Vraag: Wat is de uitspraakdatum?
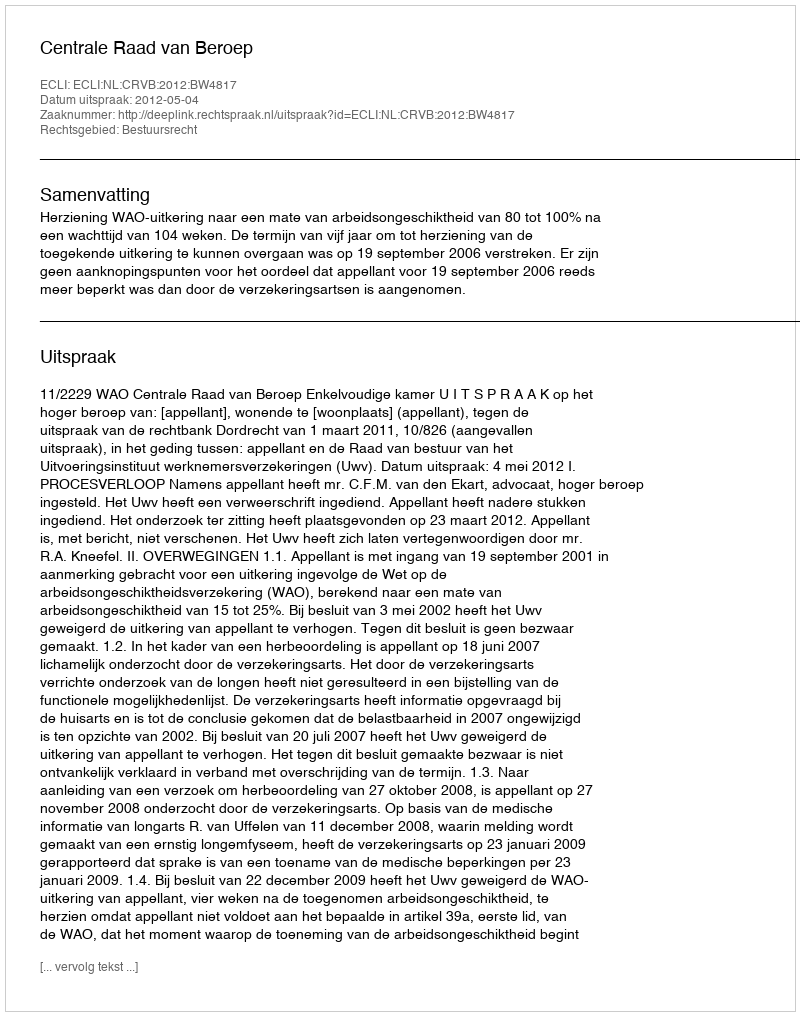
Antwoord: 2012-05-04